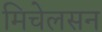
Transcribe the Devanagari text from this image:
मिचेलसन